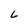
Character: L